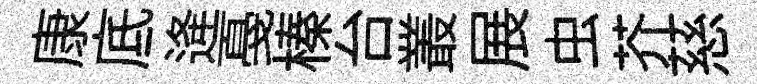
康底逄戞榛台叢展虫芥慈